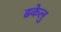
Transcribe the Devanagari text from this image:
ढकेलु